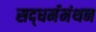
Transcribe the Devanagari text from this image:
सद्‌धर्ममंथन